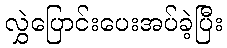
လွှဲပြောင်းပေးအပ်ခဲ့ပြီး